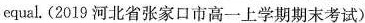
equal. (2019 河北省张家口市高一上学期期末考试)